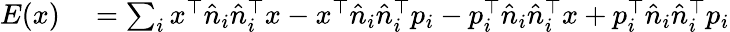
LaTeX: \begin{array}{rl}{E(x)}&{{}=\sum_{i}x^{\top}{\hat{n}}_{i}{\hat{n}}_{i}^{\top}x-x^{\top}{\hat{n}}_{i}{\hat{n}}_{i}^{\top}p_{i}-p_{i}^{\top}{\hat{n}}_{i}{\hat{n}}_{i}^{\top}x+p_{i}^{\top}{\hat{n}}_{i}{\hat{n}}_{i}^{\top}p_{i}}\end{array}